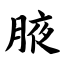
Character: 腋